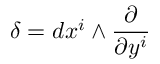
\delta = d x ^ { i } \wedge \frac { \partial } { \partial y ^ { i } }